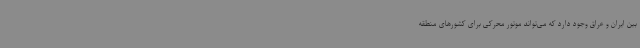
بین ایران و عراق وجود دارد که می‌تواند موتور محرکی برای کشورهای منطقه